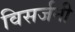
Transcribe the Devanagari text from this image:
विसर्जनी